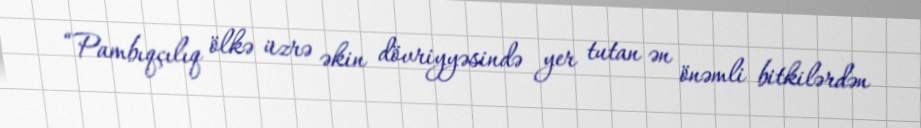
“Pambıqçılıq ölkə üzrə əkin dövriyyəsində yer tutan ən önəmli bitkilərdən